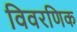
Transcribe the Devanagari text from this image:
विवरणिक